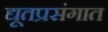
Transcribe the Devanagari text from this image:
द्यूतप्रसंगात